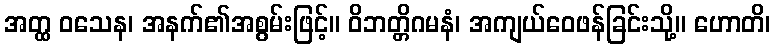
အတ္ထ ဝသေန၊ အနက်၏အစွမ်းဖြင့်။ ဝိဘတ္တိဂမနံ၊ အကျယ်ဝေဖန်ခြင်းသို့။ ဟောတိ၊